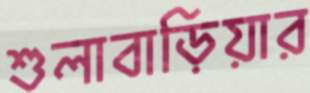
শুলাবাড়িয়ার